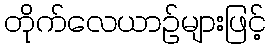
တိုက်လေယာဉ်များဖြင့်